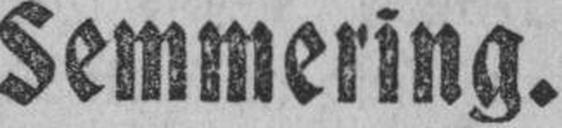
Semmering.